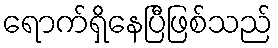
ရောက်ရှိနေပြီဖြစ်သည်